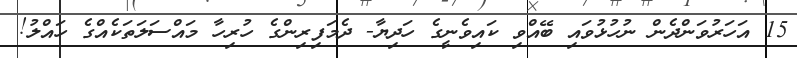
15 އަހަރުވަންދެން ނުހުޅުވައި ބޭއްވި ކައިވެނީގެ ހަދިޔާ- ދެމަފިރިންގެ ހުރިހާ މައްސަލަތަކެއްގެ ހައްލު!